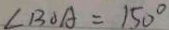
\angle B O A = 1 5 0 ^ { \circ }